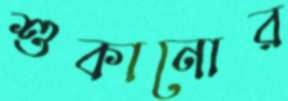
শুকানোর